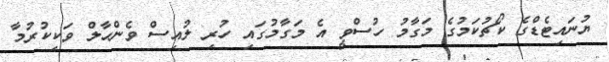
ޔުނައިޓެޑްގެ ކޯޗުކަމުގެ މަގާމު ހުސްވީ އެ މަގާމުގައި ހުރި ލުއިސް ވެންހާލް ވަކިކުރުމާ